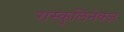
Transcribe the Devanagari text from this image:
रास्कुलिनेक्ज़